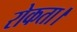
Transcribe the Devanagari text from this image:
रोकता।